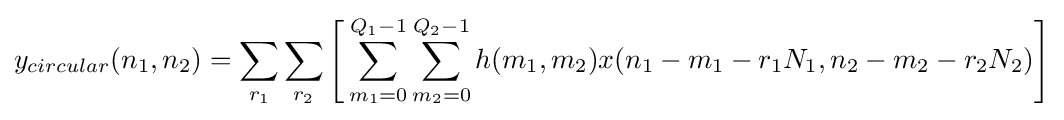
y_{circular}(n_{1},n_{2})=\sum _{r_{1}}\sum _{r_{2}}{\Bigg [}\sum _{m_{1}=0}^{Q_{1}-1}\sum _{m_{2}=0}^{Q_{2}-1}h(m_{1},m_{2})x(n_{1}-m_{1}-r_{1}N_{1},n_{2}-m_{2}-r_{2}N_{2}){\Bigg ]}